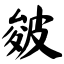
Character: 皴